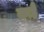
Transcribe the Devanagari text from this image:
काहैं